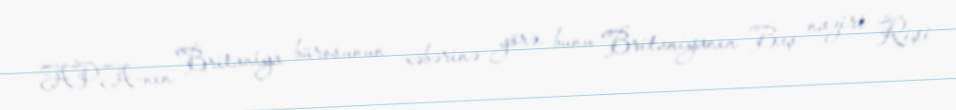
APA-nın Britaniya bürosunun xəbərinə görə, bunu Britaniyanın Baş naziri Rişi